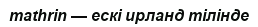
mathrin — ескі ирланд тілінде